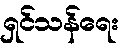
ရှင်သန်ရေး